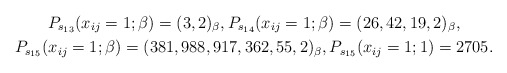
\begin{gather*}P_{s_{13}}(x_{ij}=1;\beta)=(3,2)_{\beta},P_{s_{14}}(x_{ij}=1;\beta)=(26,42,19,2)_{\beta}, \\P_{s_{15}}(x_{ij}=1;\beta)=(381,988,917,362,55,2)_{\beta},P_{s_{15}}(x_{ij}=1;1)= 2705.\end{gather*}